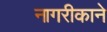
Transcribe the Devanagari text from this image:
नागरीकाने